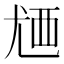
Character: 𬡸